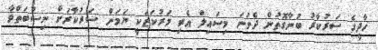
ހާދީގެ ސަރުކާރު ބުނާގޮތުން ދެވަނަ މިސައިލް އެރި މަރުކަޒަކީ ޔަމަން ސަރުކާރަށް ނިސްބަތްވާ